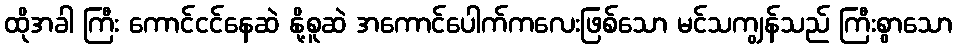
ထိုအခါ ကြီး ကောင်ငင်နေဆဲ နို့စူဆဲ အကောင်ပေါက်ကလေးဖြစ်သော မင်သကျွန်သည် ကြီးစွာသော